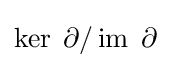
\operatorname {ker} \;\partial /\operatorname {im} \;\partial